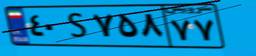
۴۰S۷۵۸۷۷